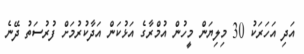
އަދި އަހަރަކު 30 މިލިޔަން މީހުން އުމްރާގެ އަޅުކަން އަދާކުރުމަށް ފުރުސަތު ދޭނެ